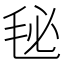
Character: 𣭈